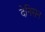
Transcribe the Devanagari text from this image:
देनिसन